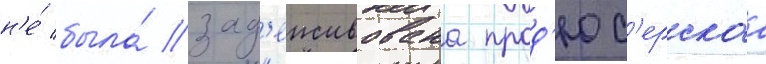
н'е́ была́ зад'еиствована прод'юс'ерскаа